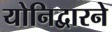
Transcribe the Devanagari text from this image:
योनिद्वारने